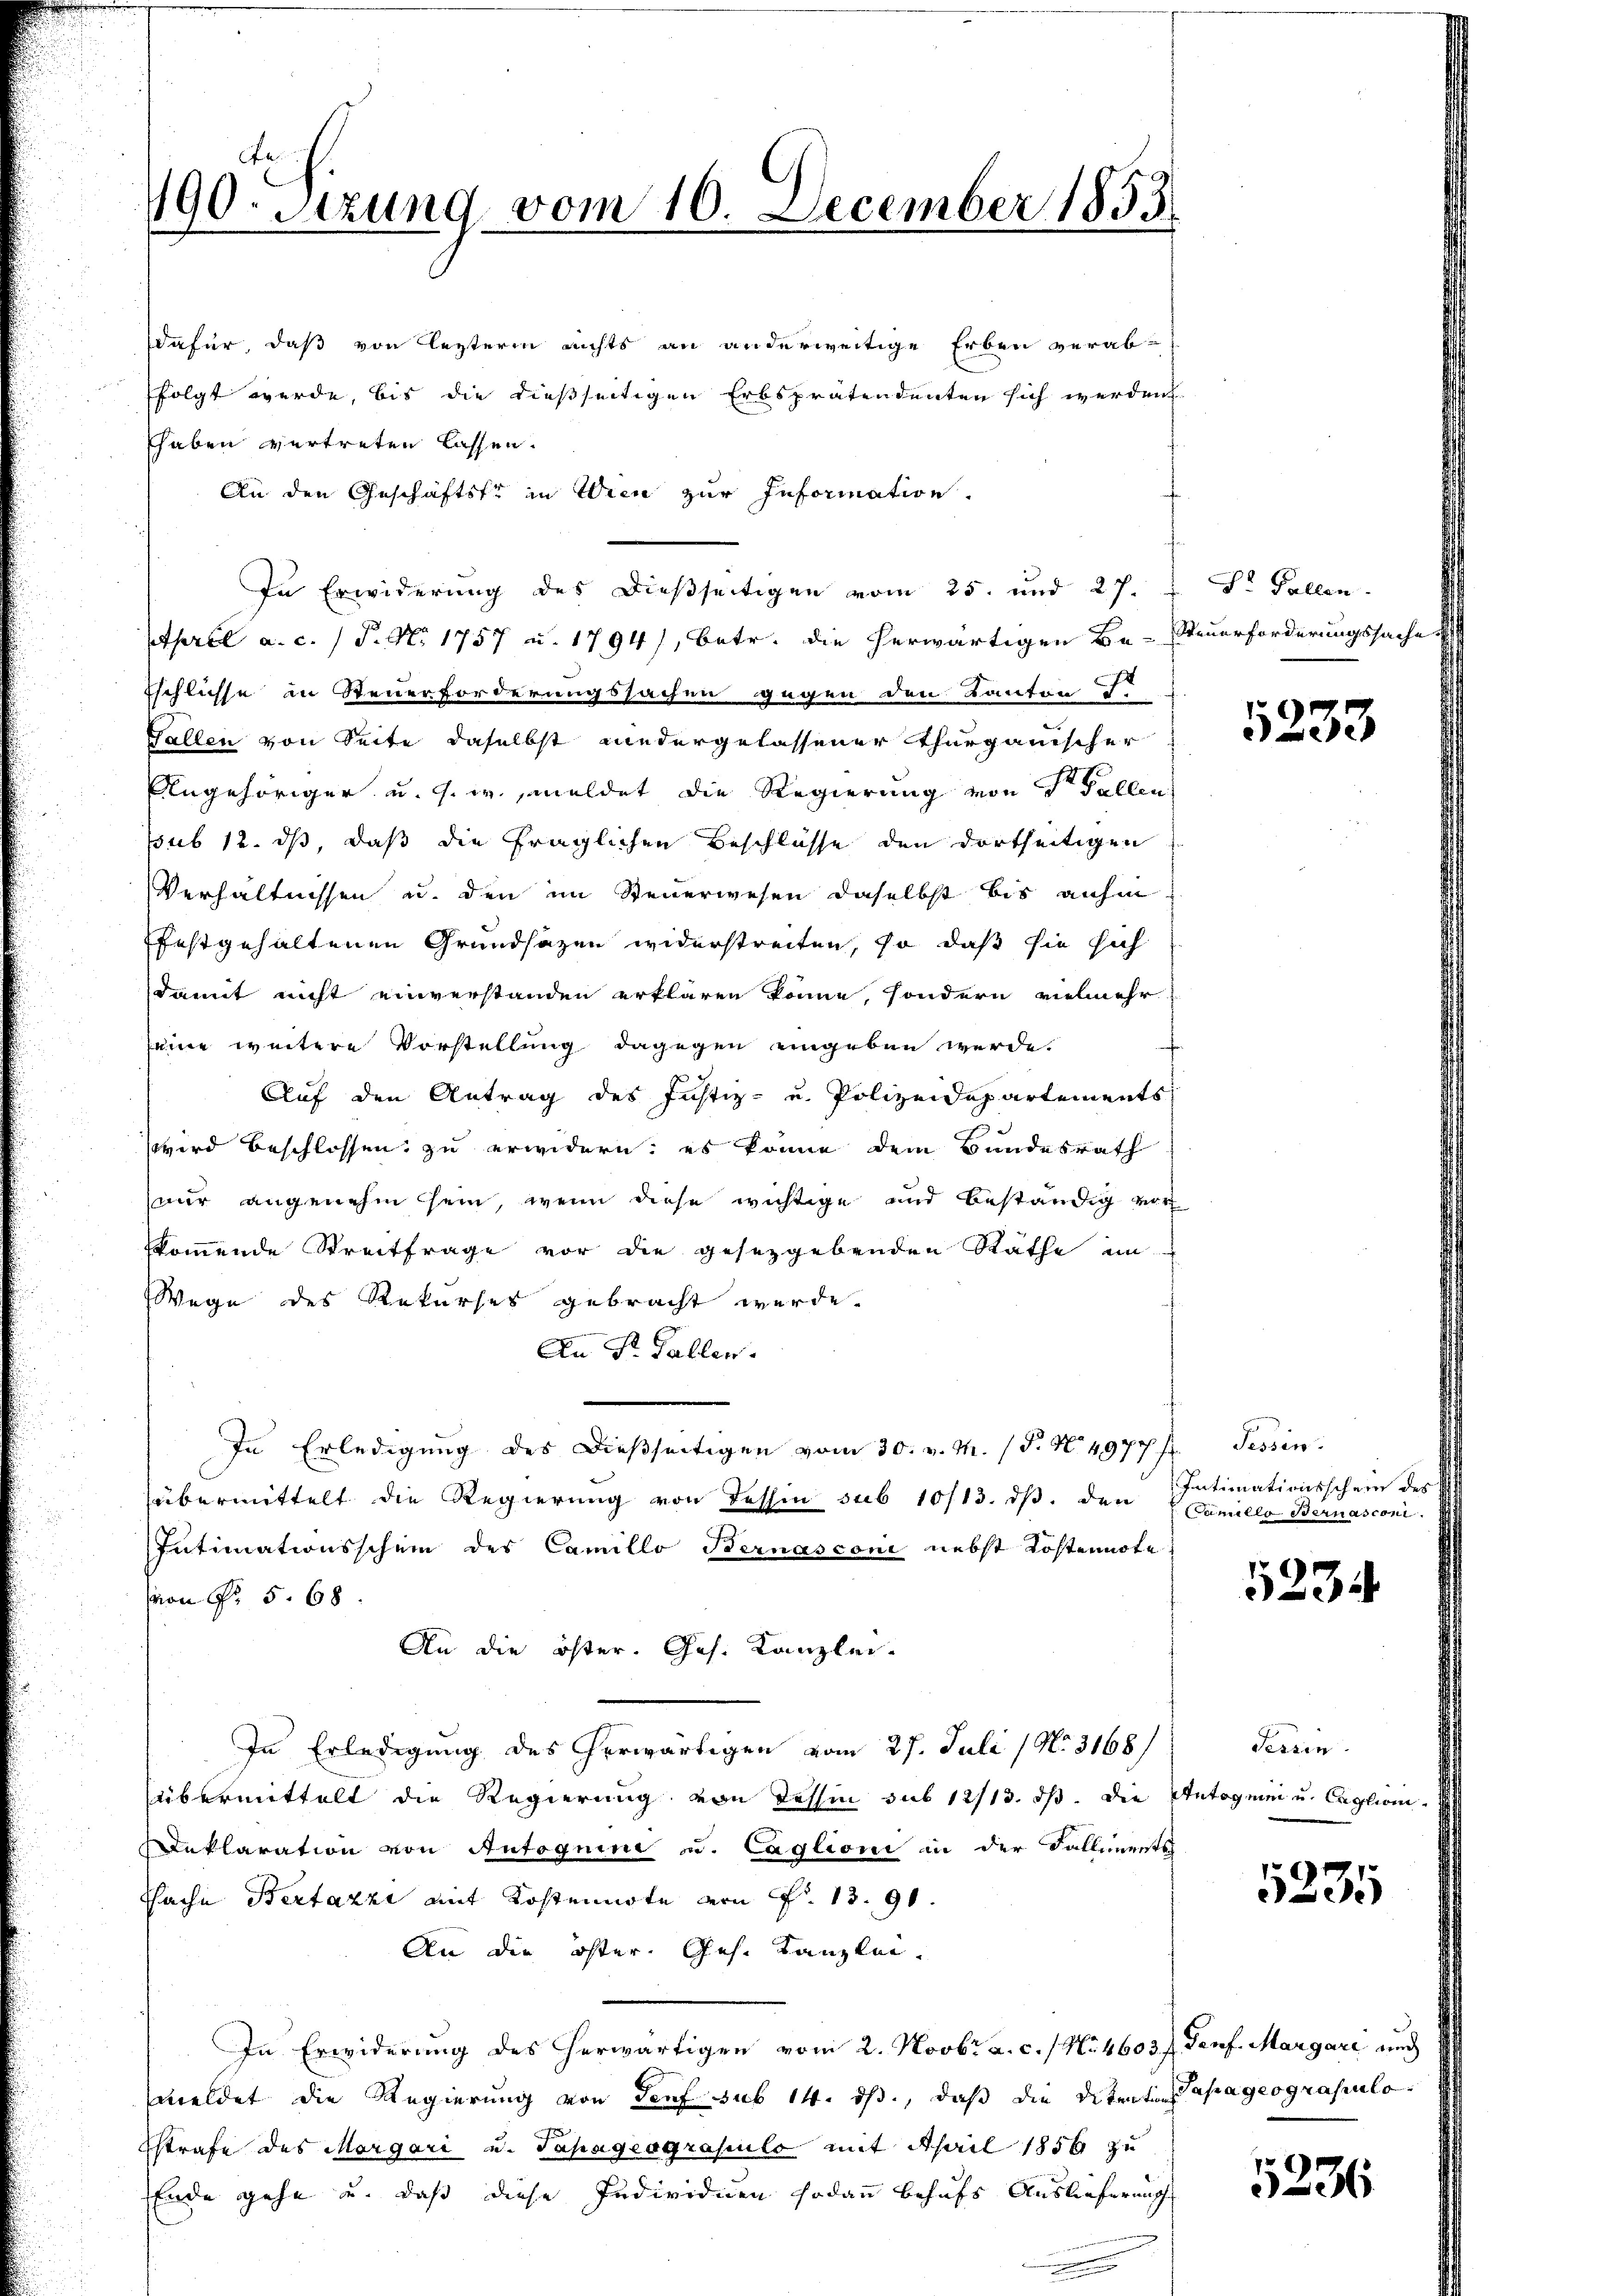
dafür, daß von lezterm nichts an anderweitige Erben verab-
folgt werde, bis die dießseitigen Erbsprätendenten sich werden.
haben vertreten lassen.
An den Geschäftste in Wien zur Information.
In Erwiderung des dießseitigen vom 25. und 27. " Dr. Fallen.
April a. c. / P. Nr. 1757 u. 1794), betr. die herwärtigen Be-Steuerforderungssache
Eschlisse in Steuerforderungssachen gegen den Kanton
Fallen von Seite daselbst niedergelassener Thurgauischer
Angehöriger u. s. w., meldet die Regierung von der Fallen
ssub 12. ds, daß die fraglichen Beschlüsse den dortseitigen
Verhältnissen u. den im Steuerwesen daselbst bis anhin
festgehaltenen Grundsazen widerstreiten, so daß sie sich
damit nicht einverstanden erklären könne, sondern vielmehr
seine weitere Vorstellung dagegen eingeben werde.
Auf den Antrag des Justiz- u. Polizeidepartements
wird beschlossen zu erwidern: es könne dem Bundesrath
nur angenehm sein, wenn diese wichtige und beständig vor
skommende Streitfrage vor die gesetzgebenden Räthe ein
Wege des Rekurses gebracht werde.
An P. Gallen.
In Erledigung des dießseitigen vom 30. v. M. (T. N. 4977 f. Tessin.
übermittelt die Regierung von Tessin sub 10/13. dβ. den
Intimationsschein des Camillo Bernasconi nebst Kostennote
on Nr. 5. 68
An die öster. Ges. Kanzlei-
In Erledigung des herwärtigen vom 27. Juli (No. 3168
übermittelt die Regierung von Tessin sub 12/13. dβ. die Autoguini u. Caglioni.
eklaration von Autoquini d. Caglioni in der Falliments
Cache Bertazzi mit Kostennote von Fr. 13. 91.
An die öfter. Ges. Kanzlei.
In Erwiderung des herwärtigen vom 2. Novbr. a. c. / N. 4603). Genf. Margari und
meldet die Regierung von Senf sub 14. ds., daß die Detentin Papageograsulo
Estrafe des Morgari u. Papageograpulo mit April 1856 zu
EEnde gehe u. daß diese Individien sodann behufs Auslieferung

190. Sizung vom 10. December 1853

5233

Intimationsschein des
Camille Bernasconi

5234

Tessin.

5235

5236